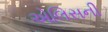
એલિસની